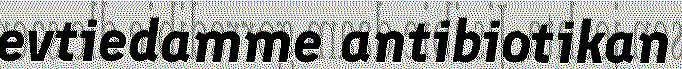
evtiedamme antibiotikan